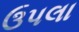
ઉપલા